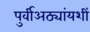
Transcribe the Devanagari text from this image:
पुर्वीअठ्यांयशीं